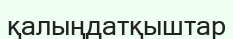
қалыңдатқыштар